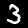
Label: 3